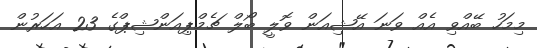
މިމަހު ބޭއްވި އެއް ވަނަ އޭޝިއަން ވޮލީ ބޯލް ޗެމްޕިއަންޝިޕްގެ 23 އަހަރުން